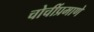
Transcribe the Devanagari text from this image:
चोचींप्रमाणे